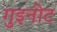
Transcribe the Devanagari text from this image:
गुइनोट